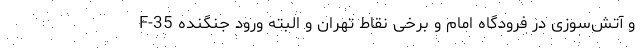
و آتش‌سوزی در فرودگاه امام و برخی نقاط تهران و البته ورود جنگنده F-35